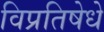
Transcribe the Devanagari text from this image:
विप्रतिषेधे